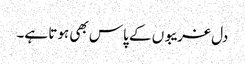
دل غریبوں کے پاس بھی ہوتا ہے۔